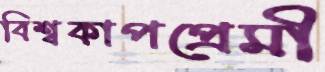
বিশ্বকাপপ্রেমী